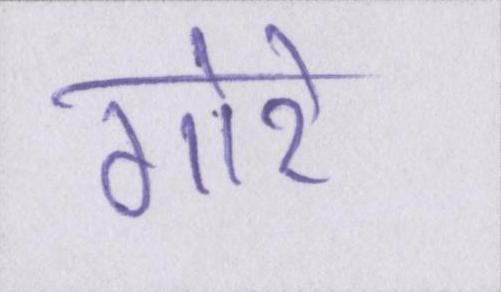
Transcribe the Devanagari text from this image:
गोरे